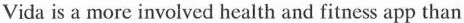
Vida is a nore involved bealth and fitness app than you're probably used to sccing. It matches your